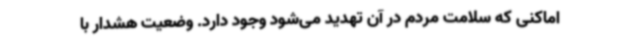
اماکنی که سلامت مردم در آن تهدید می‌شود وجود دارد. وضعیت هشدار با